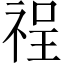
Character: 䄇